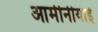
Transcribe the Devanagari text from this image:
आर्मीनीयाई